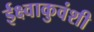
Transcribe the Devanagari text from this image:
ईक्ष्वाकुवंशी